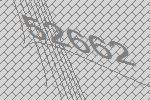
52662